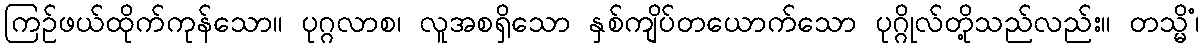
ကြဉ်ဖယ်ထိုက်ကုန်သော။ ပုဂ္ဂလာစ၊ လူအစရှိသော နှစ်ကျိပ်တယောက်သော ပုဂ္ဂိုလ်တို့သည်လည်း။ တသ္မိံ၊